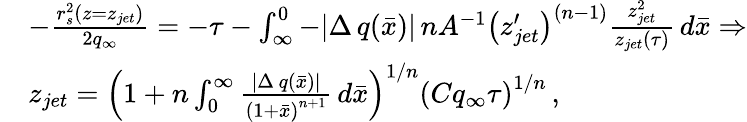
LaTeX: \begin{array}{rl}&{-\frac{r_{s}^{2}(z=z_{jet})}{2q_{\infty}}=-\tau-\int_{\infty}^{0}-|\Delta\, q(\bar{x})|\, nA^{-1}\left(z_{jet}^{\prime}\right)^{(n-1)}\frac{z_{jet}^{2}}{z_{jet}(\tau)}\, d\bar{x}\Rightarrow}\\ &{z_{jet}=\left(1+n\int_{0}^{\infty}\frac{|\Delta\, q(\bar{x})|}{\left(1+\bar{x}\right)^{n+1}}\, d\bar{x}\right)^{1/n}\left(Cq_{\infty}\tau\right)^{1/n}\, ,}\end{array}